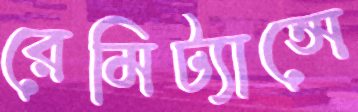
রেমিট্যান্সে